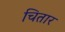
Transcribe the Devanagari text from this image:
चितार